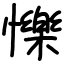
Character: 㦡